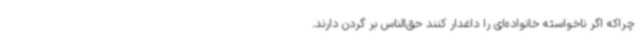
چراکه اگر ناخواسته خانواده‌ای را داغدار کنند حق‌الناس بر گردن دارند.